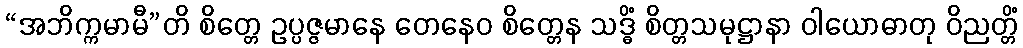
“အဘိက္ကမာမီ”တိ စိတ္တေ ဥပ္ပဇ္ဇမာနေ တေနေဝ စိတ္တေန သဒ္ဓိံ စိတ္တသမုဋ္ဌာနာ ဝါယောဓာတု ဝိညတ္တိံ